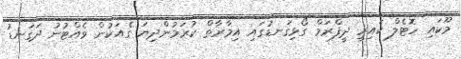
މޫކައި ހޮޓެލް ކައިރީ ދީފްރަމް ގޯޅިގަނޑުގައި އިމާރާތް ކުރަމުންދިޔަ ގެއަކުން ވެއްޓުނު ދަގަނޑު